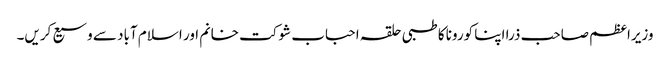
وزیراعظم صاحب ذرا اپنا کورونا کا طبی حلقہ احباب شوکت خانم اور اسلام آباد سے وسیع کریں۔